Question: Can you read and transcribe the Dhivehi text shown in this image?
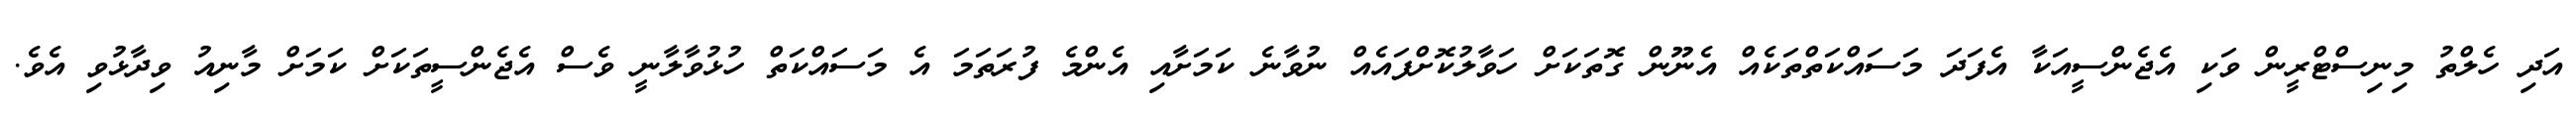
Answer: އަދި ހެލްތު މިނިސްޓްރީން ވަކި އެޖެންސީއަކާ އެފަދަ މަސައްކަތްތަކެއް އެނޫން ގޮތަކަށް ހަވާލުކޮށްފައެއް ނުވާނެ ކަމަށާއި އެންމެ ފުރަތަމަ އެ މަސައްކަތް ހުޅުވާލާނީ ވެސް އެޖެންސީތަކަށް ކަމަށް މާނިއު ވިދާޅުވި އެވެ.